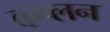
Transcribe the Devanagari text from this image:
कप्लन